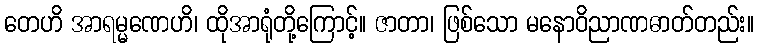
တေဟိ အာရမ္မဏေဟိ၊ ထိုအာရုံတို့ကြောင့်။ ဇာတာ၊ ဖြစ်သော မနောဝိညာဏဓာတ်တည်း။